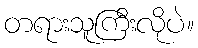
တရားသူကြီးလိုပဲ။